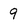
Character: 9